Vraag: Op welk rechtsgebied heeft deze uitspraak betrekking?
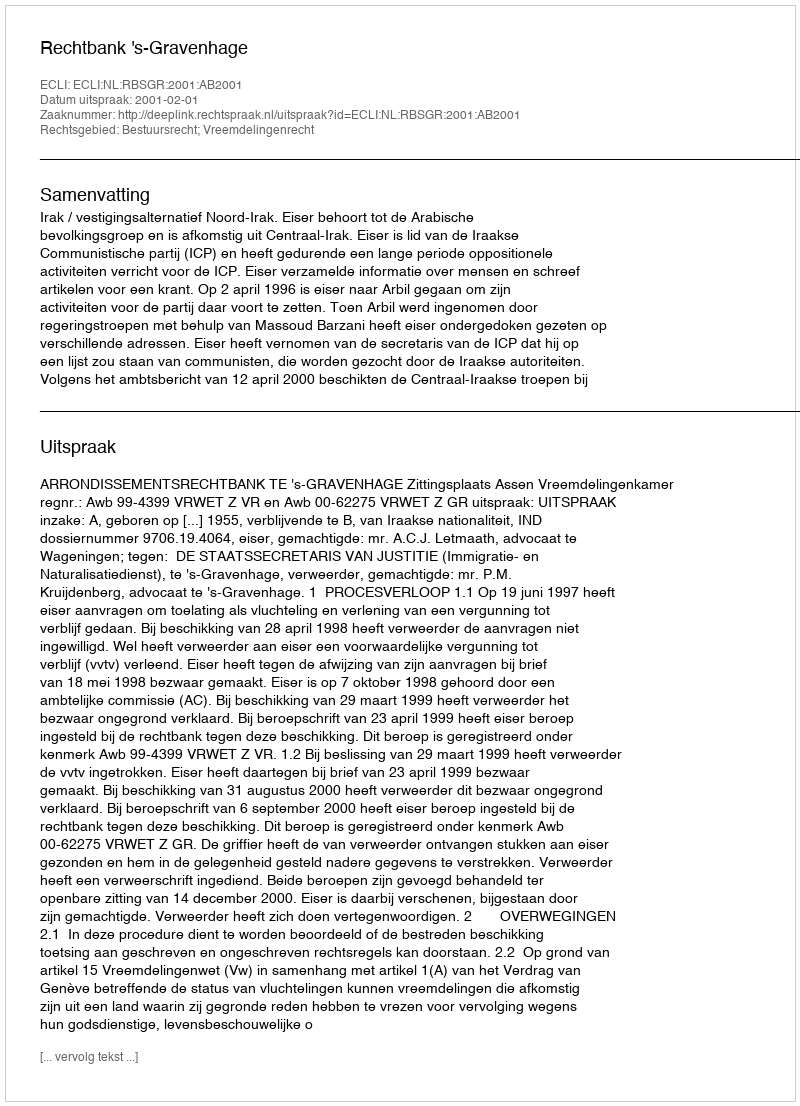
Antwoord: Bestuursrecht; Vreemdelingenrecht